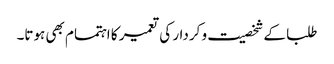
طلبا کے شخصیت و کردار کی تعمیر کا اہتمام بھی ہوتا۔